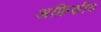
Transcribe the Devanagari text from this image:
अफ्रिकीय